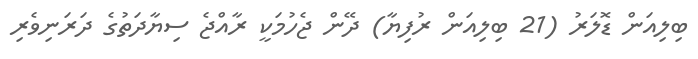
ބިލިއަން ޑޮލަރު (21 ބިލިއަން ރުފިޔާ) ދޭން ޖެހުމަކީ ރާއްޖެ ސިޔާދަތުގެ ދަރަނިވެރި